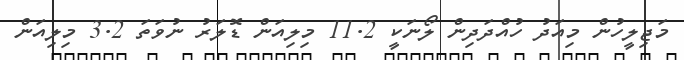
މަޖިލީހުން މިއަދު ހުއްދަދިން ލޯނަކީ 11.2 މިލިއަން ޑޮލަރު ނުވަތަ 3.2 މިލިއަން